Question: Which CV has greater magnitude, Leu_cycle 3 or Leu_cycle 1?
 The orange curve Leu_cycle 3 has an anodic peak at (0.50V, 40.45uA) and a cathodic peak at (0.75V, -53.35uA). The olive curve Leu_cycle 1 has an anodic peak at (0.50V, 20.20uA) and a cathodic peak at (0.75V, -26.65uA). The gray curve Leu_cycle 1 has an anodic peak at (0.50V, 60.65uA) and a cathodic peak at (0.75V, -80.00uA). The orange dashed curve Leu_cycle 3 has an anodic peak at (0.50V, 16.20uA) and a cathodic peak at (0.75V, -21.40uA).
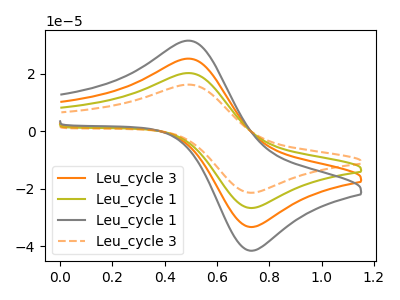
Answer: <think>All the peaks in "Leu_cycle 3" have a peak in "Leu_cycle 1" at the same potential. Every peak in "Leu_cycle 3" is lower than every peak in "Leu_cycle 1".
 </think>
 <answer>"Leu_cycle 3" has less signal than "Leu_cycle 1".</answer>
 <eval>less_signal</eval>